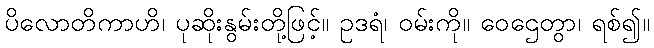
ပိလောတိကာဟိ၊ ပုဆိုးနွမ်းတို့ဖြင့်။ ဥဒရံ၊ ဝမ်းကို။ ဝေဌေတွာ၊ ရစ်၍။